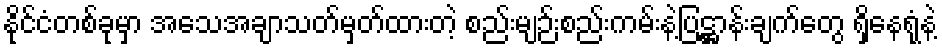
နိုင်ငံတစ်ခုမှာ အသေအချာသတ်မှတ်ထားတဲ့ စည်းမျဉ်းစည်းကမ်းနဲ့ပြဋ္ဌာန်းချက်တွေ ရှိနေရုံနဲ့